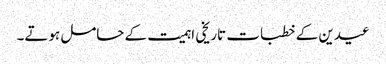
عیدین کے خطبات تاریخی اہمیت کے حامل ہوتے۔